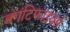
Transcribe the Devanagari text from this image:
क्वांटिफाइयर्स